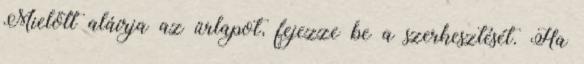
Mielőtt aláírja az űrlapot, fejezze be a szerkesztését. Ha